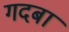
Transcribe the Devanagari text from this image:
गदबा